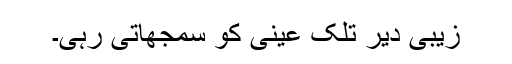
زیبی دیر تلک عینی کو سمجھاتی رہی۔